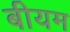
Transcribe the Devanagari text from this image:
बीयम